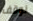
نوقف